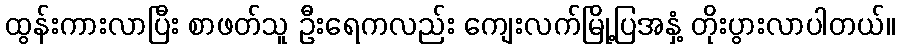
ထွန်းကားလာပြီး စာဖတ်သူ ဦးရေကလည်း ကျေးလက်မြို့ပြအနှံ့ တိုးပွားလာပါတယ်။